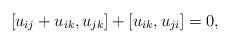
LaTeX: \begin{gather*}[u_{ij}+u_{ik},u_{jk}]+[u_{ik},u_{ji}]=0,\end{gather*}